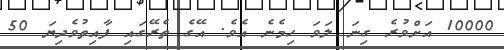
10000 އަށްވުރެ ގިނަ ލަވަ ހިމެނެ އެވެ. އޭގެ ތެރޭގައި ފާއިތުވެދިޔަ 50